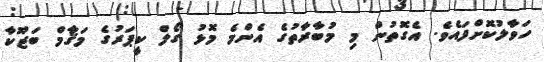
ހަވާލުކޮށްފައެވެ. އެގޮތުން މި މުބާރާތުގެ އެންމެ މޮޅު ގޯލް ކީޕަރުގެ މަޤާމް ބަޒޫކާ